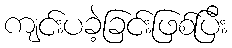
ကျင်းပခဲ့ခြင်းဖြစ်ပြီး